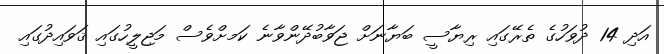
އަދި 14 ދުވަހުގެ ތެރޭގައި ރިޔާސީ ބަޔާނަށް ޖަވާބުދޭންވާނެ ކަމށްވެސް މަޖިލީހުގައި ޤަވައިދުގައި